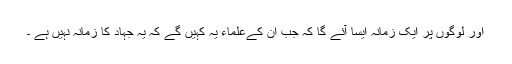
اور لوگوں پر ایک زمانہ ایسا آئے گا کہ جب ان کےعلماء یہ کہیں گے کہ یہ جہاد کا زمانہ نہیں ہے ۔